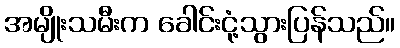
အမျိုးသမီးက ခေါင်းငုံ့သွားပြန်သည်။